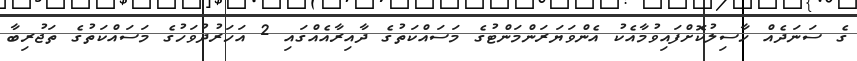
ގެ ސަނަދެއް ހާސިލުކޮށްފައިވުމާއެކު އެންވަޔަރަންމަންޓުގެ މަސައްކަތުގެ ދާއިރާއެއްގައި 2 އަހަރުދުވަހުގެ މަސައްކަތުގެ ތަޖުރިބާ